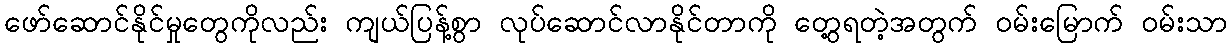
ဖော်ဆောင်နိုင်မှုတွေကိုလည်း ကျယ်ပြန့်စွာ လုပ်ဆောင်လာနိုင်တာကို တွေ့ရတဲ့အတွက် ဝမ်းမြောက် ဝမ်းသာ